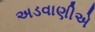
અડવાણીએ